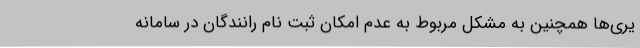
یری‌ها همچنین به مشکل مربوط به عدم امکان ثبت نام رانندگان در سامانه